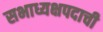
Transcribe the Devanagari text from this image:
सभाध्यक्षपदाची